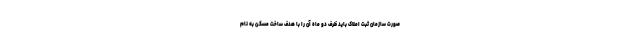
صورت سازمان ثبت املاک باید ظرف دو ماه آن را با هدف ساخت مسکن به نام